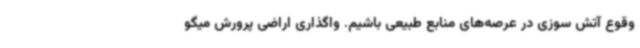
وقوع آتش سوزی در عرصه‌های منابع طبیعی باشیم. واگذاری اراضی پرورش میگو